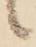
候